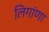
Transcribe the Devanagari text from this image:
लिगांणा